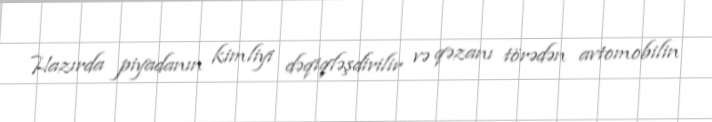
Hazırda piyadanın kimliyi dəqiqləşdirilir və qəzanı törədən avtomobilin